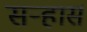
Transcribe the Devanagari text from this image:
सऱ्हार्स